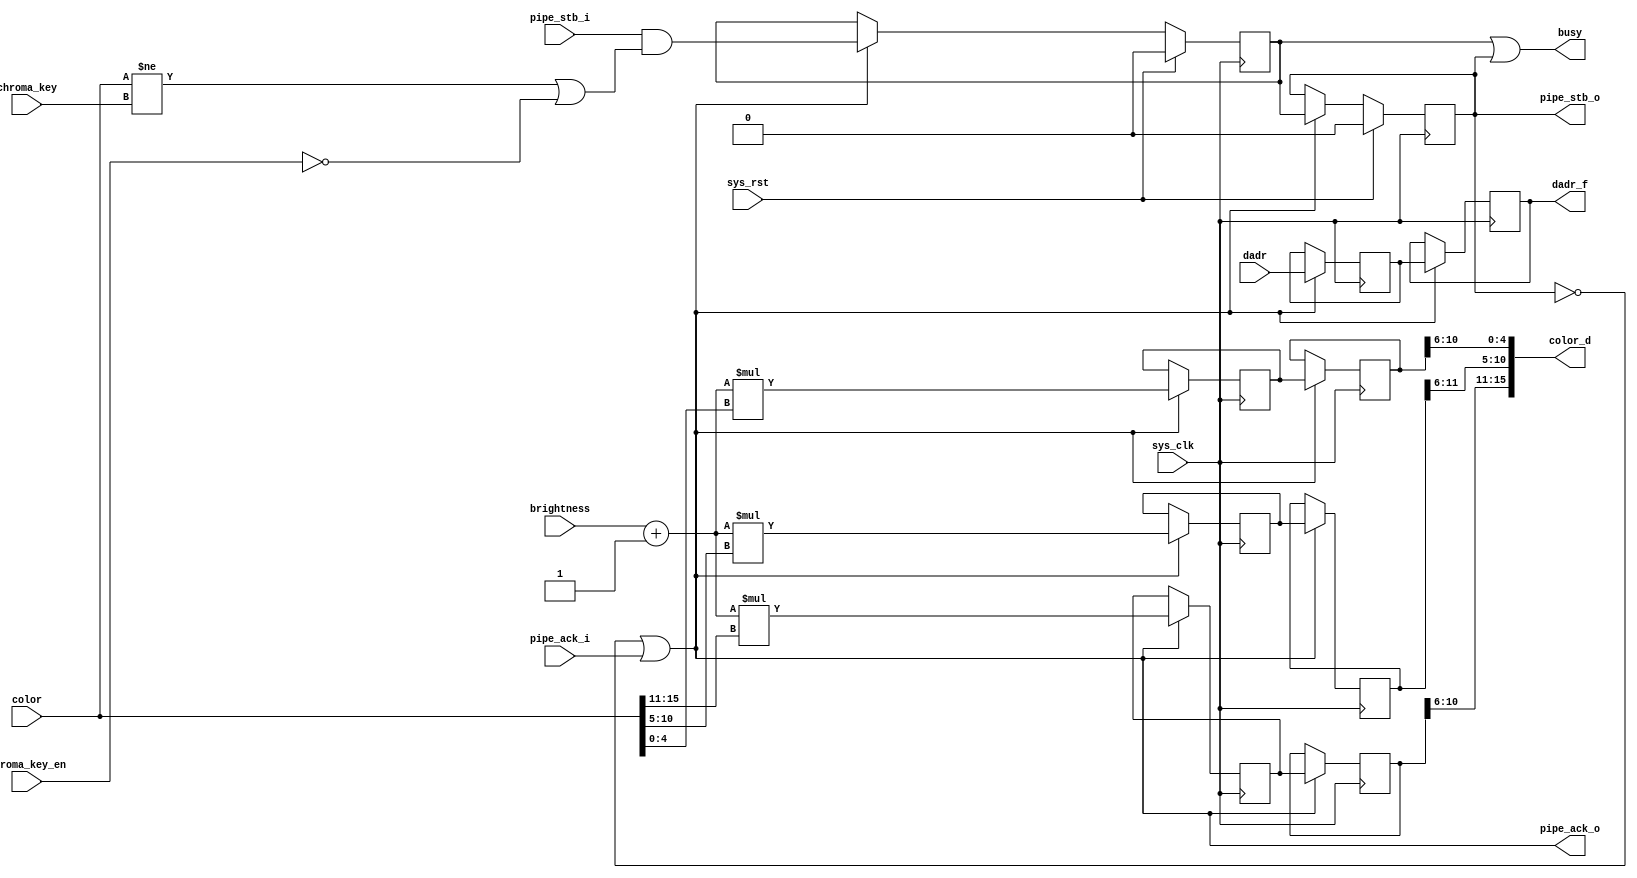
/*
 * Milkymist SoC
 * Copyright (C) 2007, 2008, 2009, 2010 Sebastien Bourdeauducq
 *
 * This program is free software: you can redistribute it and/or modify
 * it under the terms of the GNU General Public License as published by
 * the Free Software Foundation, version 3 of the License.
 *
 * This program is distributed in the hope that it will be useful,
 * but WITHOUT ANY WARRANTY; without even the implied warranty of
 * MERCHANTABILITY or FITNESS FOR A PARTICULAR PURPOSE.  See the
 * GNU General Public License for more details.
 *
 * You should have received a copy of the GNU General Public License
 * along with this program.  If not, see <http://www.gnu.org/licenses/>.
 */

module tmu2_decay #(
	parameter fml_depth = 26
) (
	input sys_clk,
	input sys_rst,
	
	output busy,
	
	input [5:0] brightness,
	input chroma_key_en,
	input [15:0] chroma_key,
	
	input pipe_stb_i,
	output pipe_ack_o,
	input [15:0] color,
	input [fml_depth-1-1:0] dadr,
	
	output pipe_stb_o,
	input pipe_ack_i,
	output [15:0] color_d,
	output reg [fml_depth-1-1:0] dadr_f
);

wire en;
reg valid_1;
reg valid_2;

always @(posedge sys_clk) begin
	if(sys_rst) begin
		valid_1 <= 1'b0;
		valid_2 <= 1'b0;
	end else if(en) begin
		valid_1 <= pipe_stb_i & ((color != chroma_key) | ~chroma_key_en);
		valid_2 <= valid_1;
	end
end

/* Pipeline operation on two stages. */

reg [fml_depth-1-1:0] dadr_1;

wire [4:0] r = color[15:11];
wire [5:0] g = color[10:5];
wire [4:0] b = color[4:0];

reg [10:0] r_1;
reg [11:0] g_1;
reg [10:0] b_1;

reg [10:0] r_2;
reg [11:0] g_2;
reg [10:0] b_2;

always @(posedge sys_clk) begin
	if(en) begin
		dadr_1 <= dadr;
		dadr_f <= dadr_1;

		r_1 <= ({1'b0, brightness} + 7'd1)*r;
		g_1 <= ({1'b0, brightness} + 7'd1)*g;
		b_1 <= ({1'b0, brightness} + 7'd1)*b;
		
		r_2 <= r_1;
		g_2 <= g_1;
		b_2 <= b_1;
	end
end

assign color_d = {r_2[10:6], g_2[11:6], b_2[10:6]};

/* Pipeline management */

assign busy = valid_1 | valid_2;

assign pipe_ack_o = ~valid_2 | pipe_ack_i;
assign en = ~valid_2 | pipe_ack_i;

assign pipe_stb_o = valid_2;

endmodule